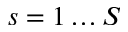
s = 1 \dots S